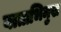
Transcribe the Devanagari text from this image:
वाताभिमुख